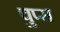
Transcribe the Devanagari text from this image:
चुप्स